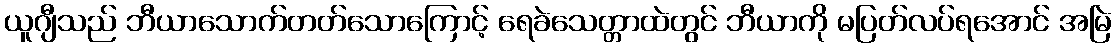
ယူဂျီသည် ဘီယာသောက်တတ်သောကြောင့် ရေခဲသေတ္တာထဲတွင် ဘီယာကို မပြတ်လပ်ရအောင် အမြဲ